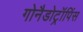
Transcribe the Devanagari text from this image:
गोनैडोट्रॉपिंस